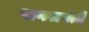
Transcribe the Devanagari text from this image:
पागलपंती